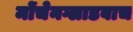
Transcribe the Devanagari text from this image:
मोंचेनग्लाडबाच